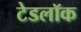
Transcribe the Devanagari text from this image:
टेडलॉक